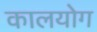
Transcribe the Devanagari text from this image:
कालयोग